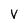
Character: v